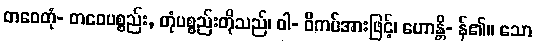
တဝေတုံ- တဝေပစ္စည်း, တုံပစ္စည်းတိုသည်၊ ဝါ- ဝိကပ်အားဖြင့်၊ ဟောန္တိ- န်၏။ သော